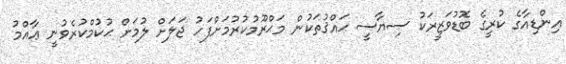
އިންޑިއާގެ ކުރީގެ ބޮޑުވަޒީރަކު ސިޔާސީ ޙައްޤުތަކުން މަޙްރޫމުކުރުމަށްފަހު ޖަލަށް ލުމަށް ޙުކުމްކުރެވުނީ ޢާއްމު